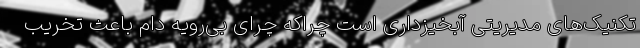
تکنیک‌های مدیریتی آبخیزداری است چراکه چرای بی‌رویه دام باعث تخریب